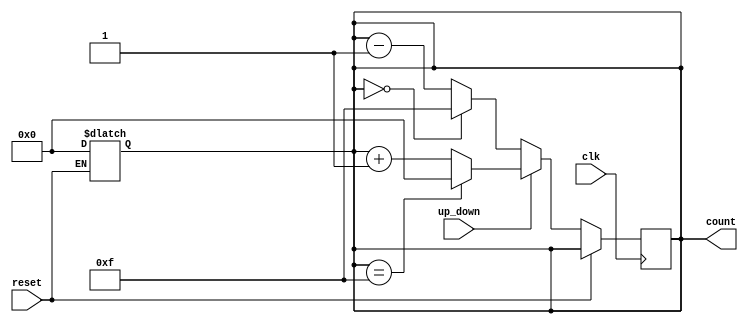
module up_down_counter (
    input wire clk,           // Clock input
    input wire up_down,      // Up/Down control signal
    input wire reset,        // Asynchronous reset
    output reg [3:0] count   // 4-bit count output (adjust width as needed)
);

    // Maximum count value (for a 4-bit counter, max is 15)
    parameter MAX_COUNT = 4'b1111;

    // Asynchronous reset logic
    always @(*) begin
        if (reset) begin
            count <= 4'b0000; // Reset count to 0
        end
    end

    // Counting logic on the rising edge of the clock
    always @(posedge clk) begin
        if (!reset) begin // Only count if reset is not active
            if (up_down) begin
                // Count Up
                if (count == MAX_COUNT) begin
                    count <= 4'b0000; // Wrap around to 0
                end else begin
                    count <= count + 1'b1; // Increment count
                end
            end else begin
                // Count Down
                if (count == 4'b0000) begin
                    count <= MAX_COUNT; // Wrap around to max count
                end else begin
                    count <= count - 1'b1; // Decrement count
                end
            end
        end
    end

endmodule